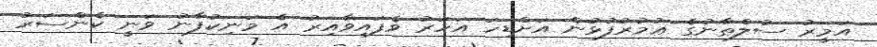
އަމީރު ސުލްޠާނުގެ ޢުމުރުފުޅުން އަށްޑިހަ އަހަރު ވެފައިވާއިރު އެ މަނިކުފާނު ވަނީ ކެންސަރު